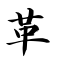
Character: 革